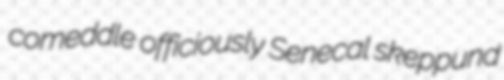
comeddle officiously Senecal skeppund